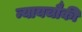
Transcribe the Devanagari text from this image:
न्यायचौकी